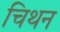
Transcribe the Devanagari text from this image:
चिथन